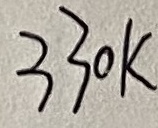
Text: 330K